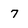
Character: 7